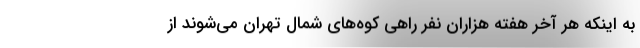
به اینکه هر آخر هفته هزاران نفر راهی کوه‌های شمال تهران می‌شوند از